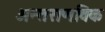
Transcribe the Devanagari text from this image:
अन्तराणविक